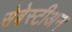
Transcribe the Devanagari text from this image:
सेबेस्टीअन